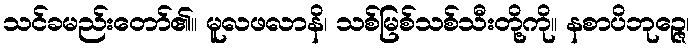
သင်ခမည်းတော်၏။ မူလဖလာနိ၊ သစ်မြစ်သစ်သီးတို့ကို။ နစာပိဘုဉ္ဇေ၊